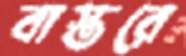
বাস্তরে